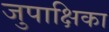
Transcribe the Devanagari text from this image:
जुपाक्षिका